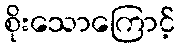
စိုးသောကြောင့်